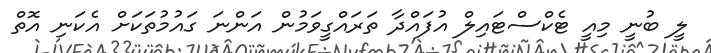
ލީ ބުނީ މިއީ ޓެކްސްޓައިލް އުފައްދާ ތަރައްގީވަމުން އަންނަ ގައުމުތަކަށް އެކަނި އޮތް